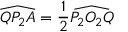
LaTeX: { \widehat { Q P _ { 2 } A } } = { \frac { 1 } { 2 } } { \widehat { P _ { 2 } O _ { 2 } Q } }